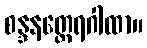
စန္ဒနတ္ထေရဂါထာ။